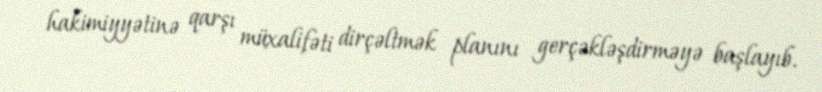
hakimiyyətinə qarşı müxalifəti dirçəltmək planını gerçəkləşdirməyə başlayıb.